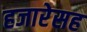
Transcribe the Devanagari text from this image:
हजारेसह